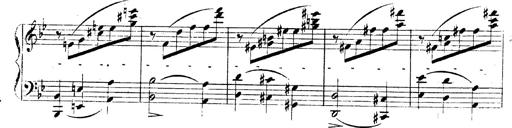
Title: 3 Caprices-Valses
Composer: Franz Liszt